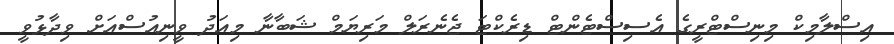
އިސްލާމިކް މިނިސްޓްރީގެ އެސިސްޓެންޓް ޑިރެކްޓަ ޖެނެރަލް މަރިޔަމް ޝަބާނާ މިއަދު ވީނިއުސްއަށް ވިދާޅުވީ